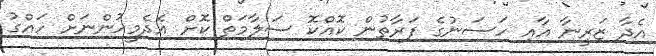
އެދާ ޒަރީނާ އާއި ހަސަނުގެ ފަރާތުން ކޮއްކޮ ސަލާމަތް ކޮށް އެދެމީހުންނަށް ހައްގު